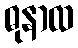
ဓုနာထ